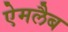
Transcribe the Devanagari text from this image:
ऐमलैब